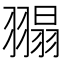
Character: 𦑼